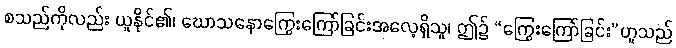
စသည်ကိုလည်း ယူနိုင်၏၊ ဃောသနောကြွေးကြော်ခြင်းအလေ့ရှိသူ၊ ဤ၌ “ကြွေးကြော်ခြင်း”ဟူသည်